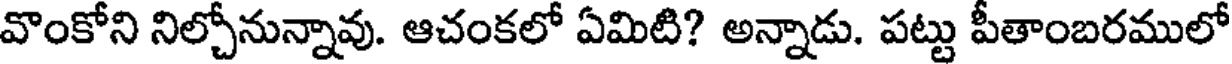
వొంకోని నిల్చోనున్నావు. ఆచంకలో ఏమిటి? అన్నాడు. పట్టు పీతాంబరములో